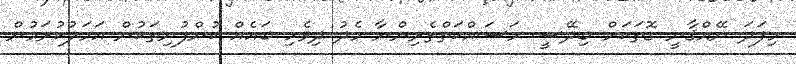
މިފަދަ ނޭއްޤާނީ ގޮތަކަށް ބިދޭސީ މަސައްކަތްތެރިންނާ މެދު ދިވެހި ބައެއް ކުންފުނިތަކުން އަމަލުކުރަމުން